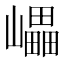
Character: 𡾊